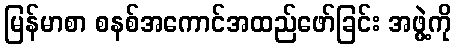
မြန်မာစာ စနစ်အကောင်အထည်ဖော်ခြင်း အဖွဲ့ကို